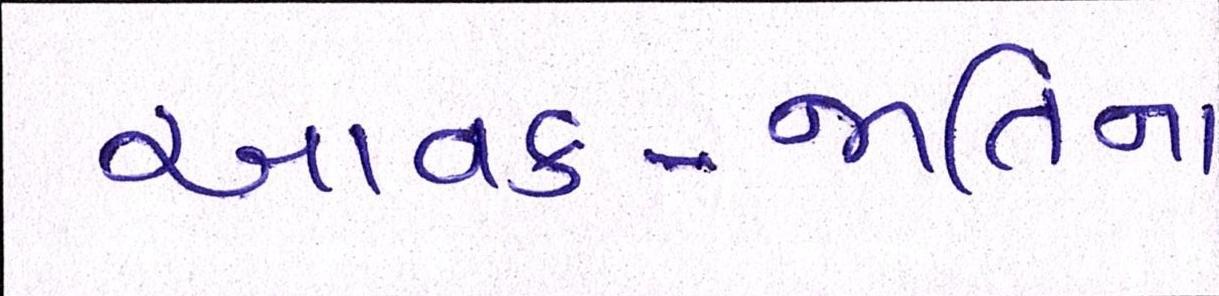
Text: આવક-જાતિના